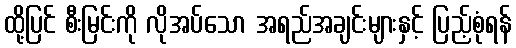
ထို့ပြင် စီးမြင်းကို လိုအပ်သော အရည်အချင်းများနှင့် ပြည့်စုံရန်